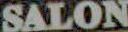
SALON